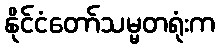
နိုင်ငံတော်သမ္မတရုံးက